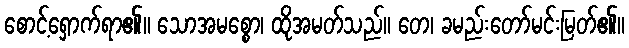
စောင့်ရှောက်ရာ၏။ သောအမစ္စော၊ ထိုအမတ်သည်။ တေ၊ ခမည်းတော်မင်းမြတ်၏။